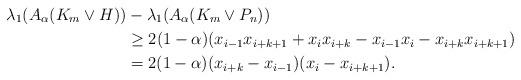
LaTeX: \begin{align*}\lambda_1(A_{\alpha}(K_m\vee H))&-\lambda_1(A_{\alpha}(K_m\vee P_n))\\&\geq2(1-\alpha)( x_{i-1}x_{i+k+1}+x_{i}x_{i+k}-x_{i-1}x_i-x_{i+k}x_{i+k+1})\\&=2(1-\alpha)(x_{i+k}-x_{i-1})(x_{i}-x_{i+k+1}).\end{align*}